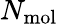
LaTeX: N_{\mathrm{mol}}